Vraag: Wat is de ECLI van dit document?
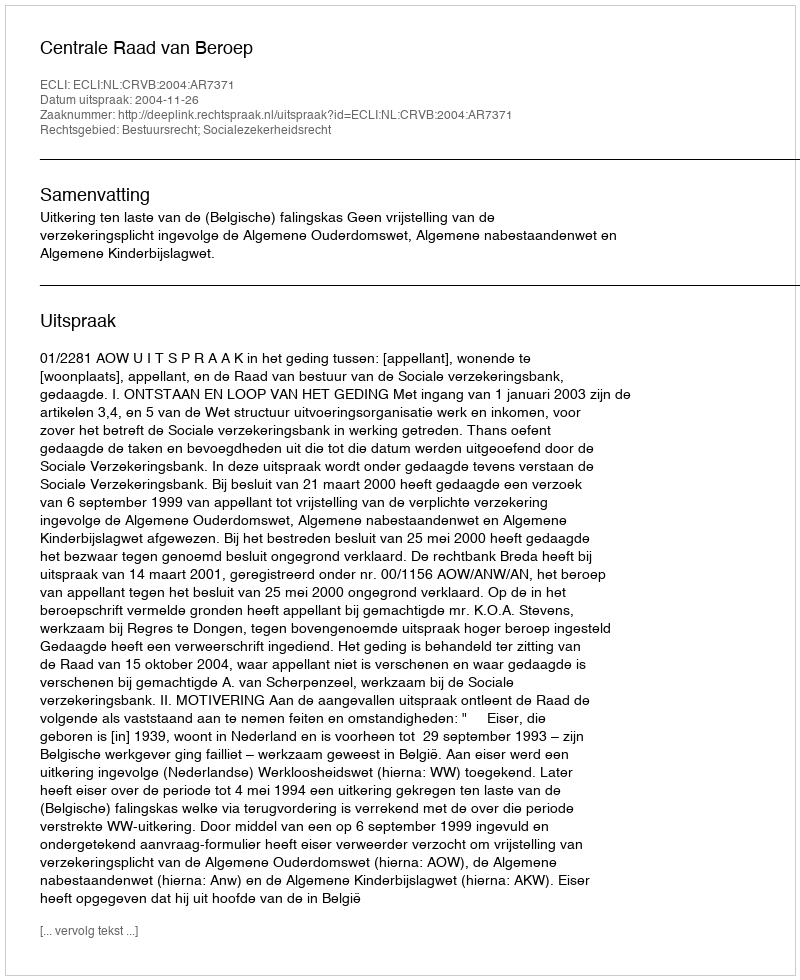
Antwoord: ECLI:NL:CRVB:2004:AR7371